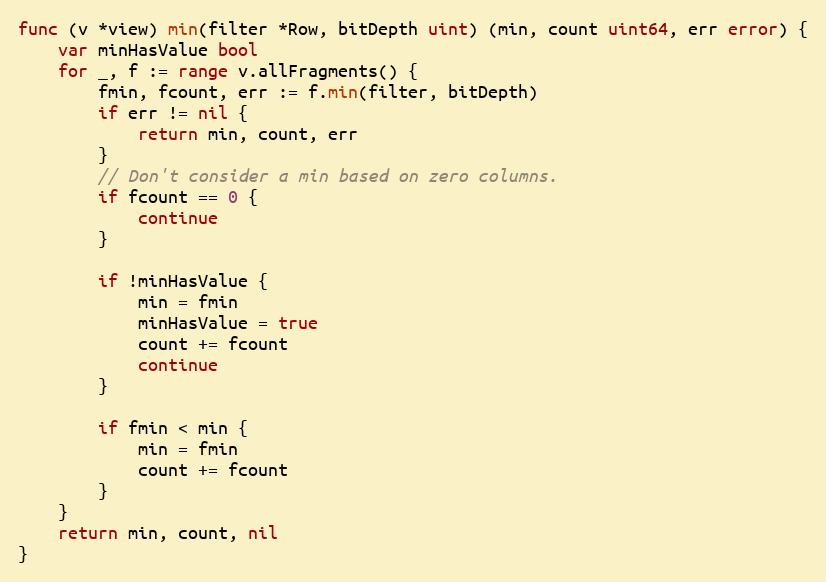
Language: Go
func (v *view) min(filter *Row, bitDepth uint) (min, count uint64, err error) {
	var minHasValue bool
	for _, f := range v.allFragments() {
		fmin, fcount, err := f.min(filter, bitDepth)
		if err != nil {
			return min, count, err
		}
		// Don't consider a min based on zero columns.
		if fcount == 0 {
			continue
		}

		if !minHasValue {
			min = fmin
			minHasValue = true
			count += fcount
			continue
		}

		if fmin < min {
			min = fmin
			count += fcount
		}
	}
	return min, count, nil
}